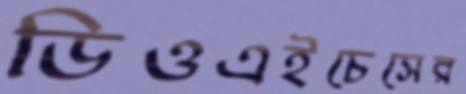
ডিওএইচেসের